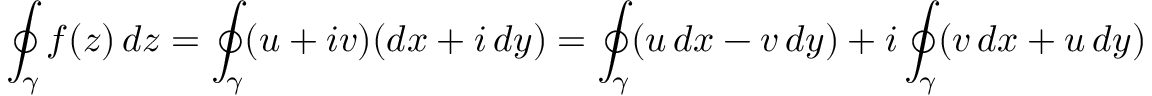
\oint _ { \gamma } f ( z ) \, d z = \oint _ { \gamma } ( u + i v ) ( d x + i \, d y ) = \oint _ { \gamma } ( u \, d x - v \, d y ) + i \oint _ { \gamma } ( v \, d x + u \, d y )